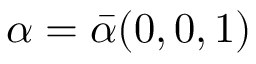
\alpha = \Bar { \alpha } ( 0 , 0 , 1 )